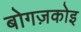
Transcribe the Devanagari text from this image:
बोगज़कोइ